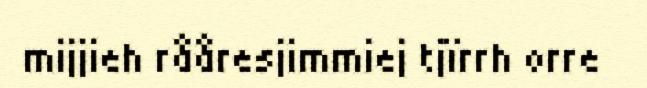
mijjieh rååresjimmiej tjïrrh orre